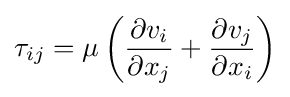
\tau _{ij}=\mu \left({\frac {\partial v_{i}}{\partial x_{j}}}+{\frac {\partial v_{j}}{\partial x_{i}}}\right)